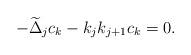
LaTeX: \begin{align*}-\widetilde{\Delta}_jc_k-k_jk_{j+1}c_k=0.\end{align*}